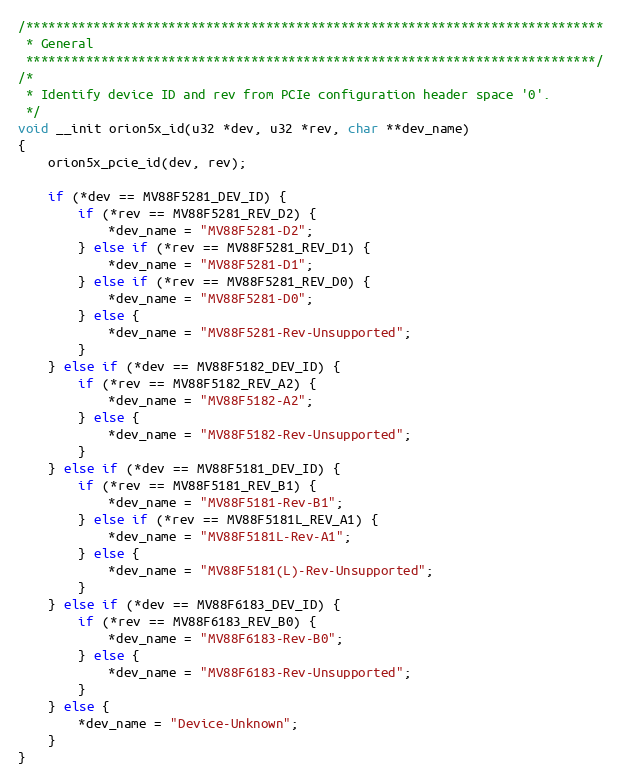
Language: C
/*****************************************************************************
 * General
 ****************************************************************************/
/*
 * Identify device ID and rev from PCIe configuration header space '0'.
 */
void __init orion5x_id(u32 *dev, u32 *rev, char **dev_name)
{
	orion5x_pcie_id(dev, rev);

	if (*dev == MV88F5281_DEV_ID) {
		if (*rev == MV88F5281_REV_D2) {
			*dev_name = "MV88F5281-D2";
		} else if (*rev == MV88F5281_REV_D1) {
			*dev_name = "MV88F5281-D1";
		} else if (*rev == MV88F5281_REV_D0) {
			*dev_name = "MV88F5281-D0";
		} else {
			*dev_name = "MV88F5281-Rev-Unsupported";
		}
	} else if (*dev == MV88F5182_DEV_ID) {
		if (*rev == MV88F5182_REV_A2) {
			*dev_name = "MV88F5182-A2";
		} else {
			*dev_name = "MV88F5182-Rev-Unsupported";
		}
	} else if (*dev == MV88F5181_DEV_ID) {
		if (*rev == MV88F5181_REV_B1) {
			*dev_name = "MV88F5181-Rev-B1";
		} else if (*rev == MV88F5181L_REV_A1) {
			*dev_name = "MV88F5181L-Rev-A1";
		} else {
			*dev_name = "MV88F5181(L)-Rev-Unsupported";
		}
	} else if (*dev == MV88F6183_DEV_ID) {
		if (*rev == MV88F6183_REV_B0) {
			*dev_name = "MV88F6183-Rev-B0";
		} else {
			*dev_name = "MV88F6183-Rev-Unsupported";
		}
	} else {
		*dev_name = "Device-Unknown";
	}
}